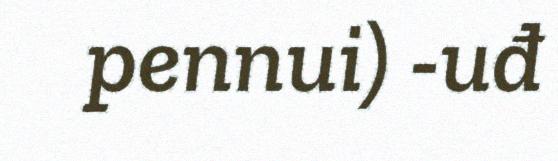
pennui) -uđ